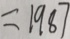
= 1 9 8 7